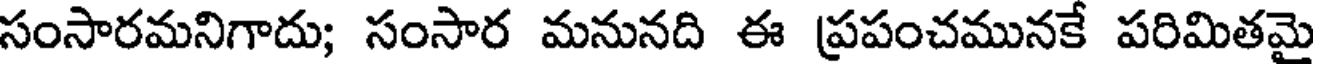
సంసారమనిగాదు; సంసార మనునది ఈ ప్రపంచమునకే పరిమితమై